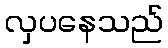
လှပနေသည်